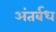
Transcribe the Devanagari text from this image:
अंतर्बध